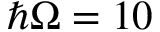
\hbar \Omega = 1 0